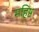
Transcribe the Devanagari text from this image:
महिष्ठ